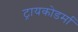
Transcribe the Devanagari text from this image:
ट्रायकोडर्मा